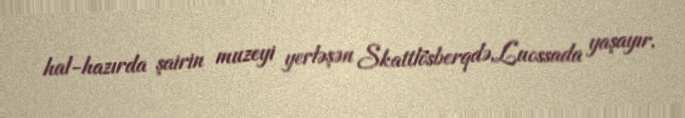
hal-hazırda şairin muzeyi yerləşən Skattlösberqdə,Luossada yaşayır.